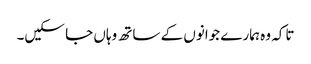
تاکہ وہ ہمارے جوانوں کے ساتھ وہاں جا سکیں۔